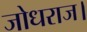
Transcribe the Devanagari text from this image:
जोधराज।